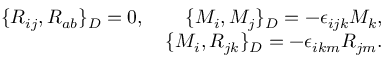
\begin{array} { r } { \{ R _ { i j } , R _ { a b } \} _ { D } = 0 , \qquad \{ M _ { i } , M _ { j } \} _ { D } = - \epsilon _ { i j k } M _ { k } , } \\ { \{ M _ { i } , R _ { j k } \} _ { D } = - \epsilon _ { i k m } R _ { j m } . } \end{array}